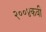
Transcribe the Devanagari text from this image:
२००४कवी